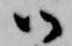
御